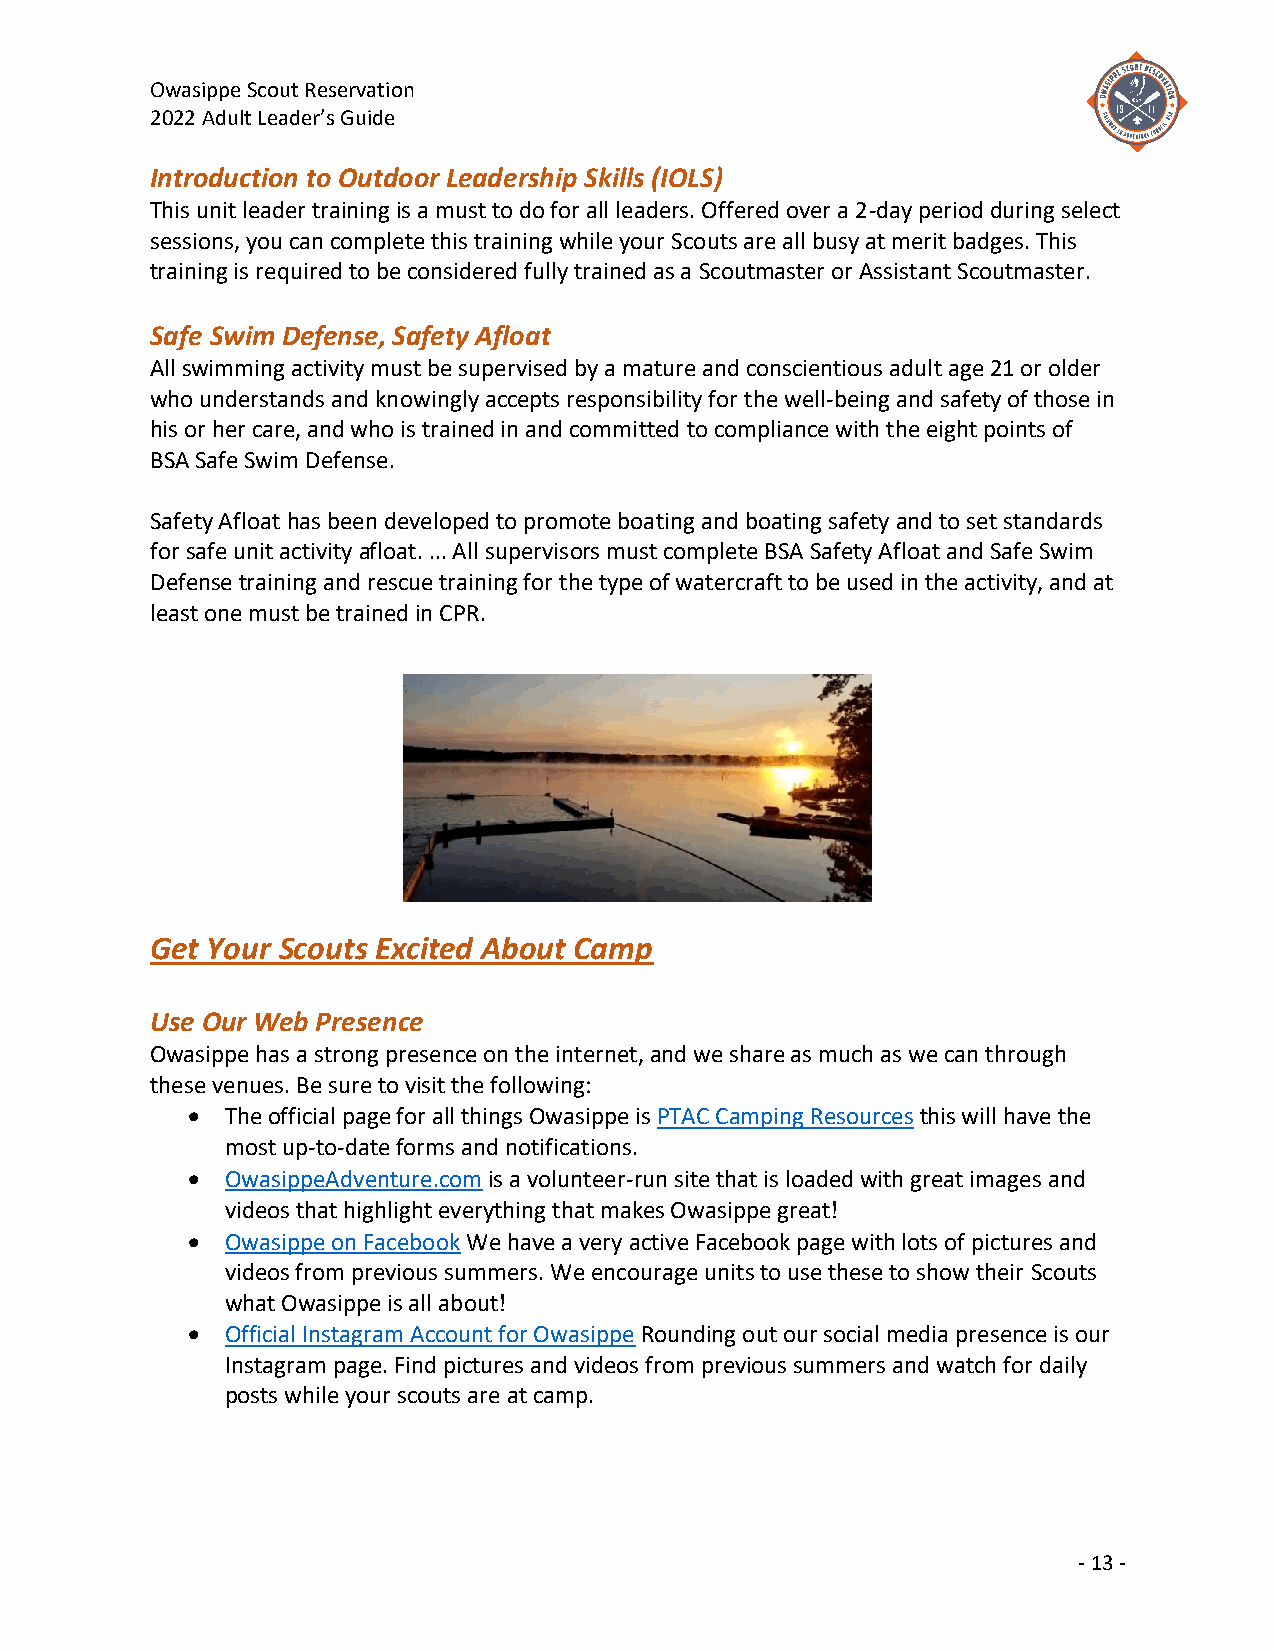
Owasippe Scout Reservation
 2022 Adult Leader’s Guide
 Introduction to Outdoor Leadership Skills (IOLS)
 This unit leader training is a must to do for all leaders. Offered over a 2-day period during select
 sessions, you can complete this training while your Scouts are all busy at merit badges. This
 training is required to be considered fully trained as a Scoutmaster or Assistant Scoutmaster.
 Safe Swim Defense, Safety Afloat
 All swimming activity must be supervised by a mature and conscientious adult age 21 or older
 who understands and knowingly accepts responsibility for the well-being and safety of those in
 his or her care, and who is trained in and committed to compliance with the eight points of
 BSA Safe Swim Defense.
 Safety Afloat has been developed to promote boating and boating safety and to set standards
 for safe unit activity afloat. ... All supervisors must complete BSA Safety Afloat and Safe Swim
 Defense training and rescue training for the type of watercraft to be used in the activity, and at
 least one must be trained in CPR.
 Get Your Scouts Excited About Camp
 Use Our Web Presence
 Owasippe has a strong presence on the internet, and we share as much as we can through
 these venues. Be sure to visit the following:
 •  The official page for all things Owasippe is PTAC Camping Resources this will have the
 most up-to-date forms and notifications.
 •  OwasippeAdventure.com is a volunteer-run site that is loaded with great images and
 videos that highlight everything that makes Owasippe great!
 •  Owasippe on Facebook We have a very active Facebook page with lots of pictures and
 videos from previous summers. We encourage units to use these to show their Scouts
 what Owasippe is all about!
 •  Official Instagram Account for Owasippe Rounding out our social media presence is our
 Instagram page. Find pictures and videos from previous summers and watch for daily
 posts while your scouts are at camp.
 - 13 -